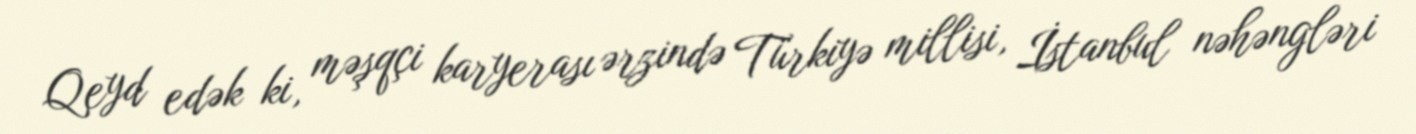
Qeyd edək ki, məşqçi karyerası ərzində Türkiyə millisi, İstanbul nəhəngləri